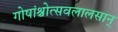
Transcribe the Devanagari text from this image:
गोषांश्चोत्सवलालसान्‌